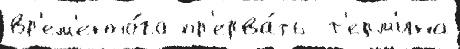
вр'ем'енно́го пр'ерва́ть  т'ерм'ина